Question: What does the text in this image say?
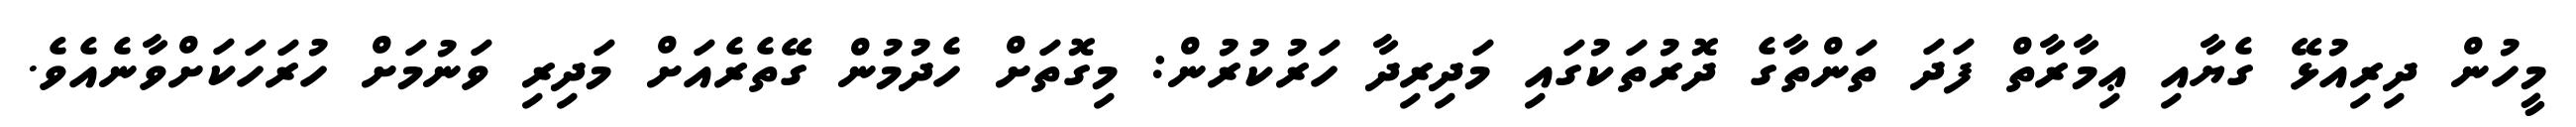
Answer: މީހުން ދިރިއުޅޭ ގެޔާއި ޢިމާރާތް ފަދަ ތަންތާގެ ދޮރުތަކުގައި މަދިރިދާ ހަރުކުރުން: މިގޮތަށް ހެދުމުން ގޭތެރެއަށް މަދިރި ވަނުމަށް ހުރަހަކަށްވާނެއެވެ.